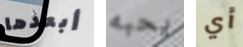
أبعدها يحبه أي